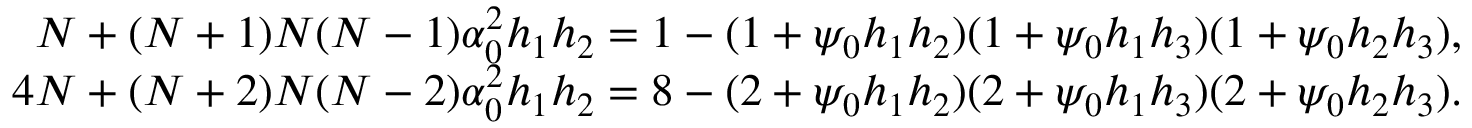
\begin{array} { r } { N + ( N + 1 ) N ( N - 1 ) \alpha _ { 0 } ^ { 2 } h _ { 1 } h _ { 2 } = 1 - ( 1 + \psi _ { 0 } h _ { 1 } h _ { 2 } ) ( 1 + \psi _ { 0 } h _ { 1 } h _ { 3 } ) ( 1 + \psi _ { 0 } h _ { 2 } h _ { 3 } ) , } \\ { 4 N + ( N + 2 ) N ( N - 2 ) \alpha _ { 0 } ^ { 2 } h _ { 1 } h _ { 2 } = 8 - ( 2 + \psi _ { 0 } h _ { 1 } h _ { 2 } ) ( 2 + \psi _ { 0 } h _ { 1 } h _ { 3 } ) ( 2 + \psi _ { 0 } h _ { 2 } h _ { 3 } ) . } \end{array}